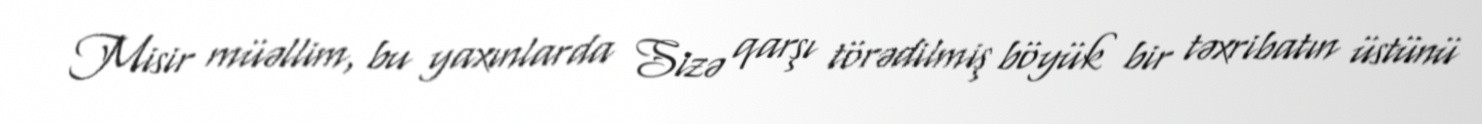
Misir müəllim, bu yaxınlarda Sizə qarşı törədilmiş böyük bir təxribatın üstünü